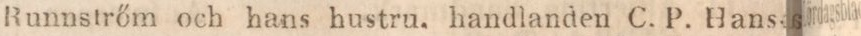
Runnstrőm och hans hustru, handlanden C. P. Hans